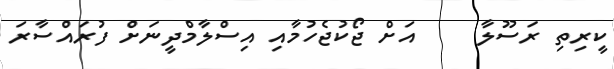
ކީރިތި ރަސޫލާ     އަށް ޖޯކުޖެހުމާއި އިސްލާމްދީނަށް ފުރައްސާރަ